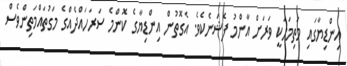
އިންޑިޔާގައި މަތިމަހަކީ ވަރަށް އާންމު ފެޝަނެކެވެ. އެގޮތުން އިންޑިޔާގެ ކޮންމެ ސަރަހައްދެއްގެ މަގުތައްމަތިންވެސް